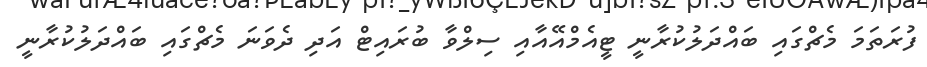
ފުރަތަމަ މެޗްގައި ބައްދަލުކުރާނީ ޓީއެމްއޭއާއި ސިލްވާ ބުރައިޓް އަދި ދެވަނަ މެޗްގައި ބައްދަލުކުރާނީ